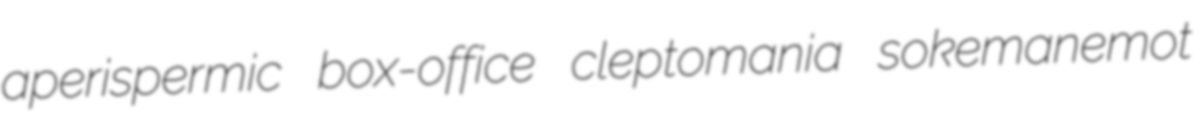
aperispermic box-office cleptomania sokemanemot